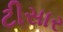
ટીસાર